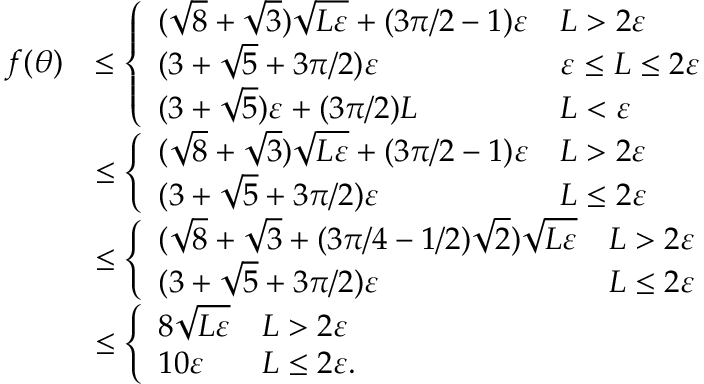
\begin{array} { r l } { f ( \theta ) } & { \leq \left\{ \begin{array} { l l } { ( \sqrt { 8 } + \sqrt { 3 } ) \sqrt { L \varepsilon } + ( 3 \pi / 2 - 1 ) \varepsilon } & { L > 2 \varepsilon } \\ { ( 3 + \sqrt { 5 } + 3 \pi / 2 ) \varepsilon } & { \varepsilon \leq L \leq 2 \varepsilon } \\ { ( 3 + \sqrt { 5 } ) \varepsilon + ( 3 \pi / 2 ) L } & { L < \varepsilon } \end{array} \right. } \\ & { \leq \left\{ \begin{array} { l l } { ( \sqrt { 8 } + \sqrt { 3 } ) \sqrt { L \varepsilon } + ( 3 \pi / 2 - 1 ) \varepsilon } & { L > 2 \varepsilon } \\ { ( 3 + \sqrt { 5 } + 3 \pi / 2 ) \varepsilon } & { L \leq 2 \varepsilon } \end{array} \right. } \\ & { \leq \left\{ \begin{array} { l l } { ( \sqrt { 8 } + \sqrt { 3 } + ( 3 \pi / 4 - 1 / 2 ) \sqrt { 2 } ) \sqrt { L \varepsilon } } & { L > 2 \varepsilon } \\ { ( 3 + \sqrt { 5 } + 3 \pi / 2 ) \varepsilon } & { L \leq 2 \varepsilon } \end{array} \right. } \\ & { \leq \left\{ \begin{array} { l l } { 8 \sqrt { L \varepsilon } } & { L > 2 \varepsilon } \\ { 1 0 \varepsilon } & { L \leq 2 \varepsilon . } \end{array} \right. } \end{array}